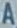
A